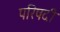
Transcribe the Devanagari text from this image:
परिषदी